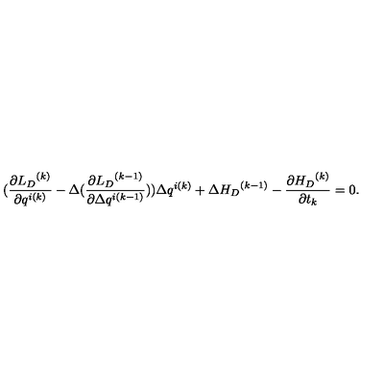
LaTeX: ( \frac { \partial { { L } _ { D } } ^ { ( k ) } } { \partial q ^ { i ( k ) } } - \Delta ( \frac { \partial { { L } _ { D } } ^ { ( k - 1 ) } } { \partial \Delta q ^ { i ( k - 1 ) } } ) ) \Delta q ^ { i ( k ) } + \Delta { { H } _ { D } } ^ { ( k - 1 ) } - \frac { \partial { H _ { D } } ^ { ( k ) } } { \partial t _ { k } } = 0 .